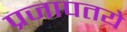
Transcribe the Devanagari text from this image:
प्रजापतये